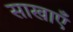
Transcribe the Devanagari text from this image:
साखाएँ